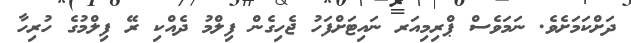
ދަށްކަމަށެވެ. ނަމަވެސް ޕްރިމިއަރ ނައިޓަށްފަހު ޖެހިގެން ފިލްމު ދެއްކި ރޭ ފިލްމުގެ ހުރިހާ